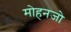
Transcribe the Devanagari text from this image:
मोहनजो